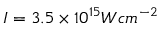
I = 3 . 5 \times 1 0 ^ { 1 5 } W c m ^ { - 2 }